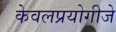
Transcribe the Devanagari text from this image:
केवलप्रयोगीजे